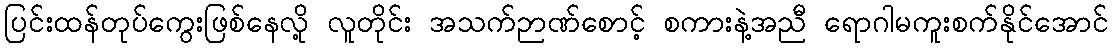
ပြင်းထန်တုပ်ကွေးဖြစ်နေလို့ လူတိုင်း အသက်ဉာဏ်စောင့် စကားနဲ့အညီ ရောဂါမကူးစက်နိုင်အောင်